Annual vaccination report of Bihar and Orissa - 1911-1928
Year: 1911
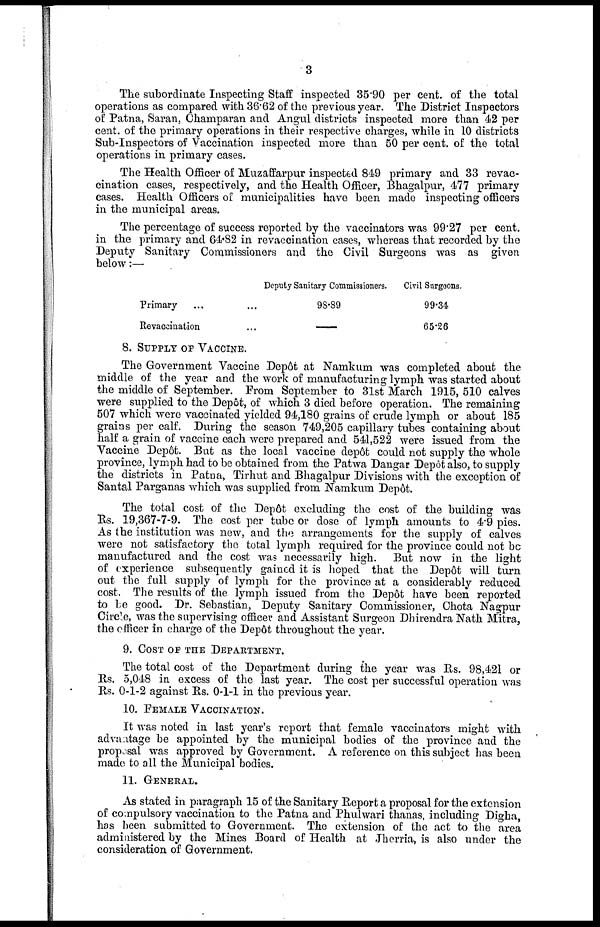
3
The subordinate Inspecting Staff inspected 35.90 per cent. of the total
operations as compared with 36.62 of the previous year. The District Inspectors
of Patna, Saran, Champaran and Angul districts inspected more than 42 per
cent. of the primary operations in their respective charges, while in 10 districts
Sub-Inspectors of Vaccination inspected more than 50 per cent. of the total
operations in primary cases.
The Health Officer of Muzaffarpur inspected 849 primary and 33 revac-
cination cases, respectively, and the Health Officer, Bhagalpur, 477 primary
cases. Health Officers of municipalities have been made inspecting officers
in the municipal areas.
The percentage of success reported by the vaccinators was 99.27 per cent.
in the primary and 64.82 in revaccination cases, whereas that recorded by the
Deputy Sanitary Commissioners and the Civil Surgeons was as given
below:—
Primary ... ...
Revaccination ...
Deputy Sanitary Commissioners.
98.89
—
Civil Surgeons.
99.34
65.26
8. SUPPLY OF VACCINE.
The Government Vaccine Depôt at Namkum was completed about the
middle of the year and the work of manufacturing lymph was started about
the middle of September. From September to 31st March 1915, 510 calves
were supplied to the Depôt, of which 3 died before operation. The remaining
507 which were vaccinated yielded 94,180 grains of crude lymph or about 185
grains per calf. During the season 749,205 capillary tubes containing about
half a grain of vaccine each were prepared and 541,522 were issued from the
Vaccine Depôt. But as the local vaccine depôt could not supply the whole
province, lymph had to be obtained from the Patwa Dangar Depôt also, to supply
the districts in Patna, Tirhut and Bhagalpur Divisions with the exception of
Santal Parganas which was supplied from Namkum Depôt.
The total cost of the Depôt excluding the cost of the building was
Rs. 19,367-7-9. The cost per tube or dose of lymph amounts to 4.9 pies.
As the institution was new, and the arrangements for the supply of calves
were not satisfactory the total lymph required for the province could not be
manufactured and the cost was necessarily high. But now in the light
of experience subsequently gained it is hoped that the Depôt will turn
out the full supply of lymph for the province at a considerably reduced
cost. The results of the lymph issued from the Depôt have been reported
to be good. Dr. Sebastian, Deputy Sanitary Commissioner, Chota Nagpur
Circle, was the supervising officer and Assistant Surgeon Dhirendra Nath Mitra,
the officer in charge of the Depôt throughout the year.
9. COST OF THE DEPARTMENT.
The total cost of the Department during the year was Rs. 98,421 or
Rs. 5,048 in excess of the last year. The cost per successful operation was
Rs. 0-1-2 against Rs. 0-1-1 in the previous year.
10. FEMALE VACCINATION.
It was noted in last year's report that female vaccinators might with
advantage be appointed by the municipal bodies of the province and the
proposal was approved by Government. A reference on this subject has been
made to all the Municipal bodies.
11. GENERAL.
As stated in paragraph 15 of the Sanitary Report a proposal for the extension
of compulsory vaccination to the Patna and Phulwari thanas, including Digha,
has been submitted to Government. The extension of the act to the area
administered by the Mines Board of Health at Jherria, is also under the
consideration of Government.